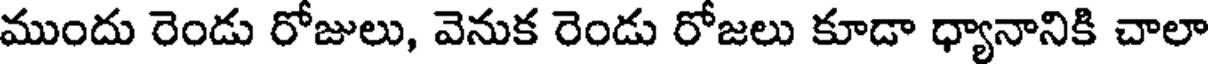
ముందు రెండు రోజులు, వెనుక రెండు రోజలు కూడా ధ్యానానికి చాలా